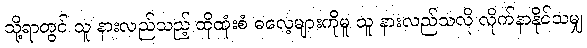
သို့ရာတွင် သူ နားလည်သည့် ထိုထုံးစံ ဓလေ့များကိုမူ သူ နားလည်သလို လိုက်နာနိုင်သမျှ